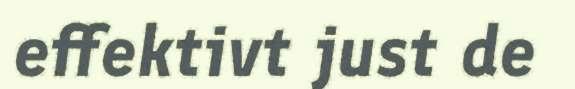
effektivt just de